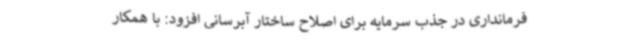
فرمانداری در جذب سرمایه برای اصلاح ساختار آبرسانی افزود: با همکار